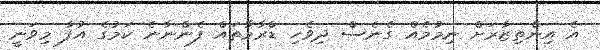
އެ އިންތިޒާރަށް ނިމުމެއް ގެނެސް ދިވެހި ޑްރާމާތައް ފެންނާނެ ކަމުގެ އުފާ މިވަނީ